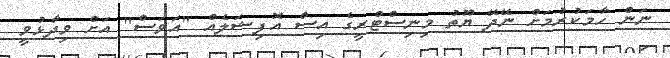
ނަން ހާމަކުރުމަށް ނޭދޭ ޔޫތު މިނިސްޓްރީގެ އިސް އޮފިޝަލެއް "އަވަސް" އަށް ވިދާޅުވީ